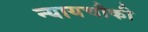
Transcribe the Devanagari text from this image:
न्यायचौकी